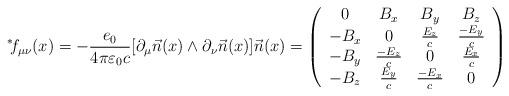
LaTeX: \begin{align*}{\hspace{1mm}^*}\hspace{-1mm}f_{\mu \nu}(x) = - \frac{e_0}{4 \pi \varepsilon_0 c} [ \partial_\mu \vec{n}(x) \wedge \partial_\nu \vec{n}(x) ] \vec{n}(x)=\left( \begin{array}{cccc} 0 & B_x & B_y & B_z \\ -B_x & 0 & \frac{E_z}{c} & \frac{-E_y}{c} \\ -B_y & \frac{-E_z}{c} & 0 & \frac{E_x}{c} \\ -B_z & \frac{E_y}{c} & \frac{-E_x}{c} & 0 \\\end{array} \right)\end{align*}